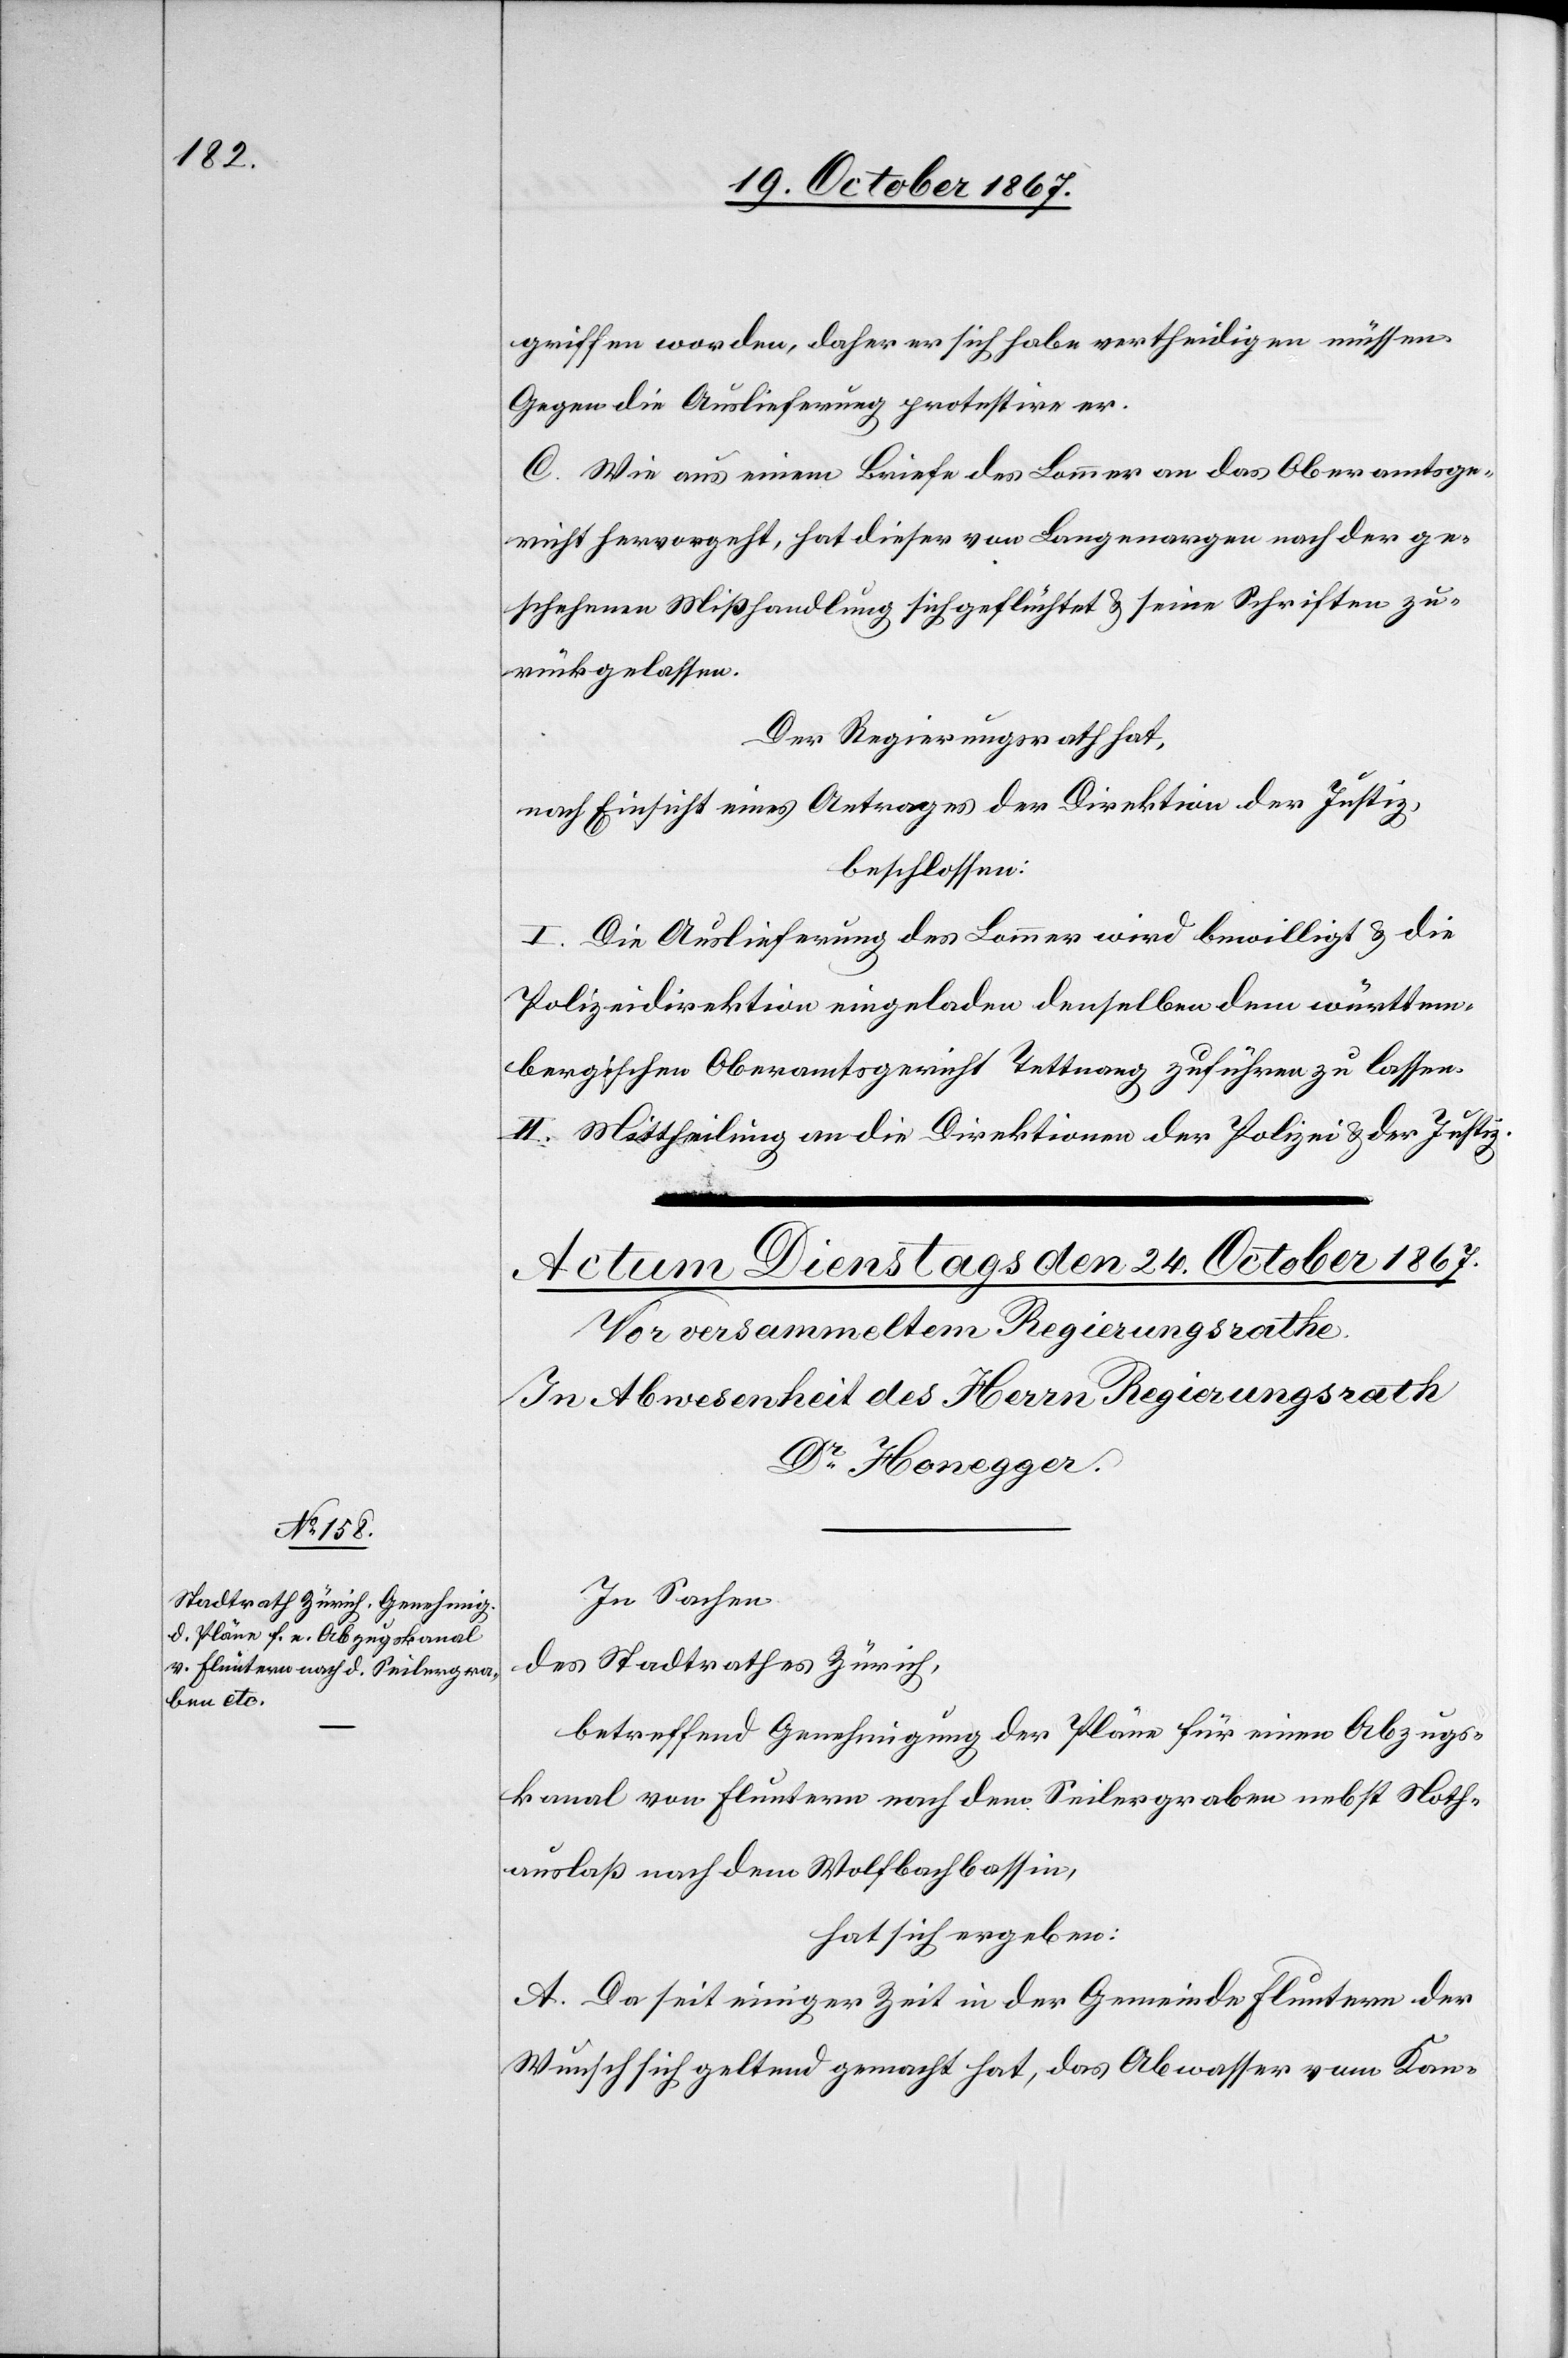
griffen worden, daher er sich habe vertheidigen müssen.
Gegen die Auslieferung protestire er.
C. Wie aus einem Briefe des Lammer an das Oberamtsge¬
richt hervorgeht, hat dieser von Langenargen nach der ge¬
schehenen Mißhandlung sich geflüchtet u. seine Schriften zu¬
rückgelassen.
Der Regierungsrath hat,
nach Einsicht eines Antrages der Direktion der Justiz,
beschlossen:
I. Die Auslieferung des Lammer wird bewilligt u. die
Polizeidirektion eingeladen, denselben dem württem¬
bergischen Oberamtsgericht Tettnang zuführen zu lassen.
II. Mittheilung an die Direktionen der Polizei u. der Justiz.
In Sachen
des Stadtrathes Zürich,
betreffend Genehmigung der Pläne für einen Abzugs¬
kanal von Fluntern nach dem Seilergraben nebst Noth¬
auslaß nach dem Wolfbachbassin,
hat sich ergeben:
A. Da seit einiger Zeit in der Gemeinde Fluntern der
Wunsch sich geltend gemacht hat, das Abwasser vom Kan-